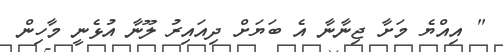
" އިއްޔެ މަށާ ޖިނާނާ އެ ބަޔަށް ދިއައިރު ލޫނާ އުޅެނީ މާހިން